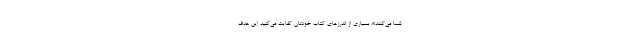
شما می‌کنند». بسیاری از اندرزهای کتاب خودتان کفایت می‌کنید این هدف